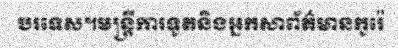
បរទេស។មន្ត្រីការទូតនិងអ្នកសាព័ត៌មានកូរ៉េ